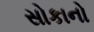
સોકાનો